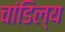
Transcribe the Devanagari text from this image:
चांडिल्य